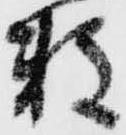
数